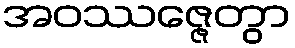
အဝဿဇ္ဇေတွာ